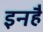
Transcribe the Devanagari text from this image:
इनहैं